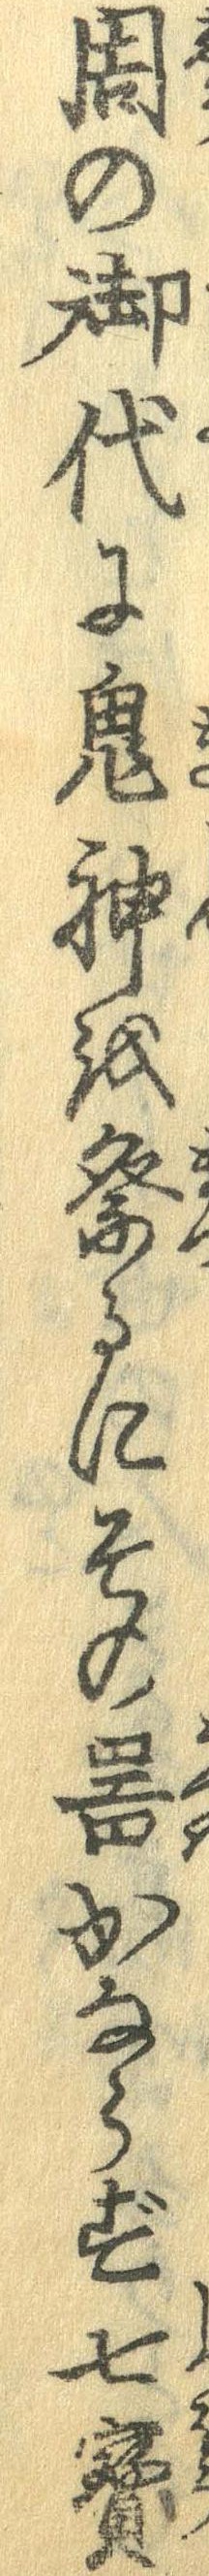
周の御代に鬼神を祭るにその器かならず七宝